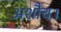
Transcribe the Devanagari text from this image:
अशौच।